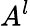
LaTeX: A^{l}